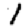
Digit: 1